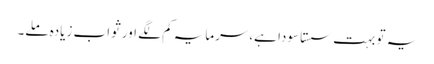
یہ تو بہت سستا سودا ہے،سرمایہ کم لگے اور ثواب زیادہ ملے۔